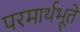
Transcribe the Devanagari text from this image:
परमार्थभूते